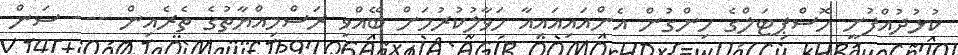
ކުޅުދުއްފުށީ ހޮސްޕިޓަލްގެ ހިންގުން އެންއައިއައިއާ ހަވާލުކުރުމަށް ބޭއްވި ރަސްމިއްޔާތުގެ ތެރެއިން --- ސަން